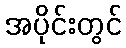
အပိုင်းတွင်